On a parasite found in persons suffering from enlargement of the spleen in India, second report - Number 11
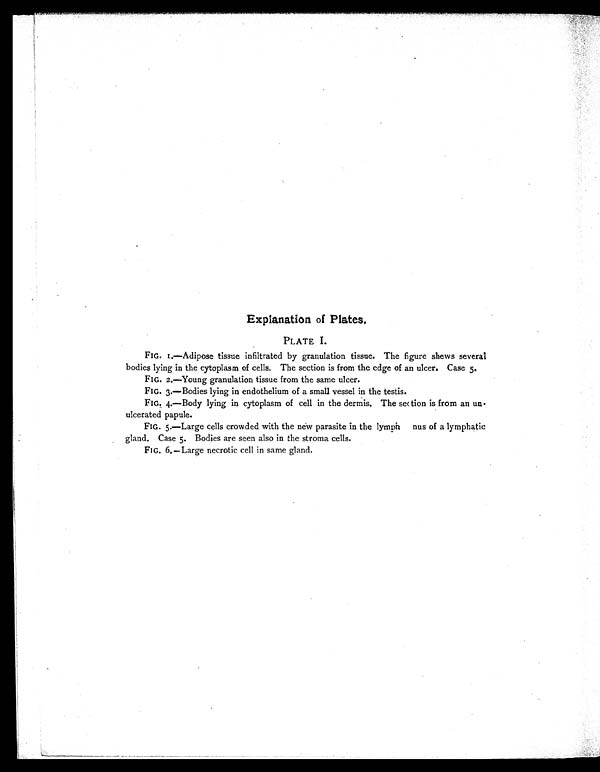
Explanation of Plates.
PLATE I.
FIG. 1.—Adipose tissue infiltrated by granulation tissue. The figure shews several
bodies lying in the cytoplasm of cells. The section is from the edge of an ulcer. Case 5.
FIG. 2.—Young granulation tissue from the same ulcer.
FIG. 3.—Bodies lying in endothelium of a small vessel in the testis.
FIG. 4.—Body lying in cytoplasm of cell in the dermis. The section is from an un-
ulcerated papule.
FIG. 5.—Large cells crowded with the new parasite in the lymph nus of a lymphatic
gland. Case 5. Bodies are seen also in the stroma cells.
FIG. 6.—Large necrotic cell in same gland.